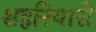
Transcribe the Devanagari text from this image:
शहरियारी